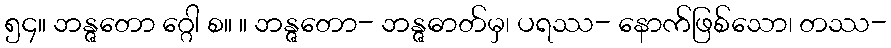
၅၄။ ဘန္ဇတော ဂ္ဂေါ စ။ ။ ဘန္ဇတော- ဘန္ဇဓာတ်မှ၊ ပရဿ- နောက်ဖြစ်သော၊ တဿ-